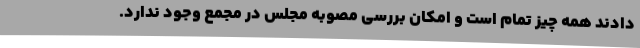
دادند همه چیز تمام است و امکان بررسی مصوبه مجلس در مجمع وجود ندارد.